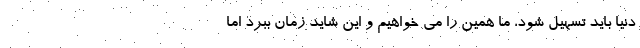
دنیا باید تسهیل شود، ما همین را می خواهیم و این شاید زمان ببرد اما